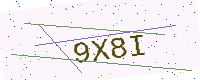
Text: 9X8I